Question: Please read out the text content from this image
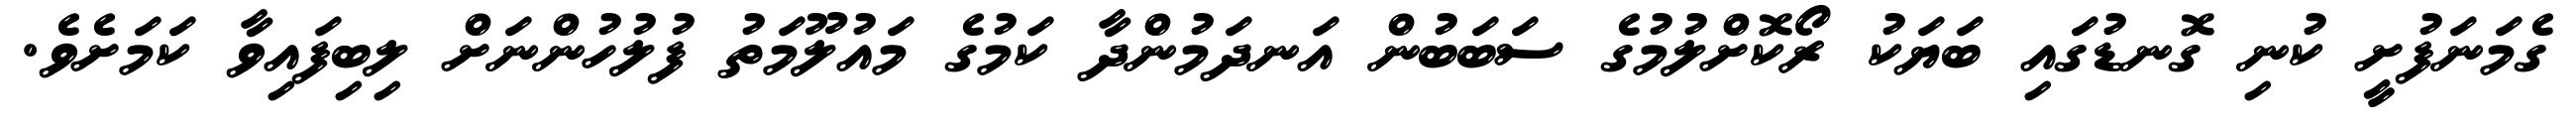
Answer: ގެމަނަފުށީ ކުނި ގޮނޑުގައި ބަޔަކު ރޯކޮށްލުމުގެ ސަބަބުން އަނދަމުންދާ ކަމުގެ މައުލޫމަތު ފުލުހުންނަށް ލިބިފައިވާ ކަމަށެވެ.